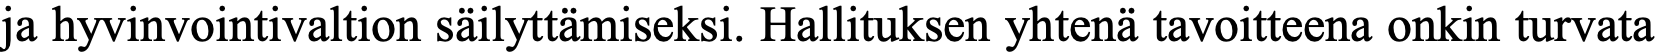
ja hyvinvointivaltion säilyttämiseksi. Hallituksen yhtenä tavoitteena onkin turvata